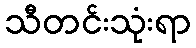
သီတင်းသုံးရာ